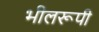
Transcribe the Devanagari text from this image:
भीलरूपी